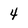
Character: 4